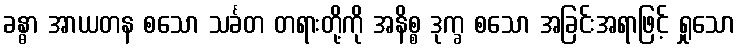
ခန္ဓာ အာယတန စသော သင်္ခတ တရားတို့ကို အနိစ္စ ဒုက္ခ စသော အခြင်းအရာဖြင့် ရှုသော